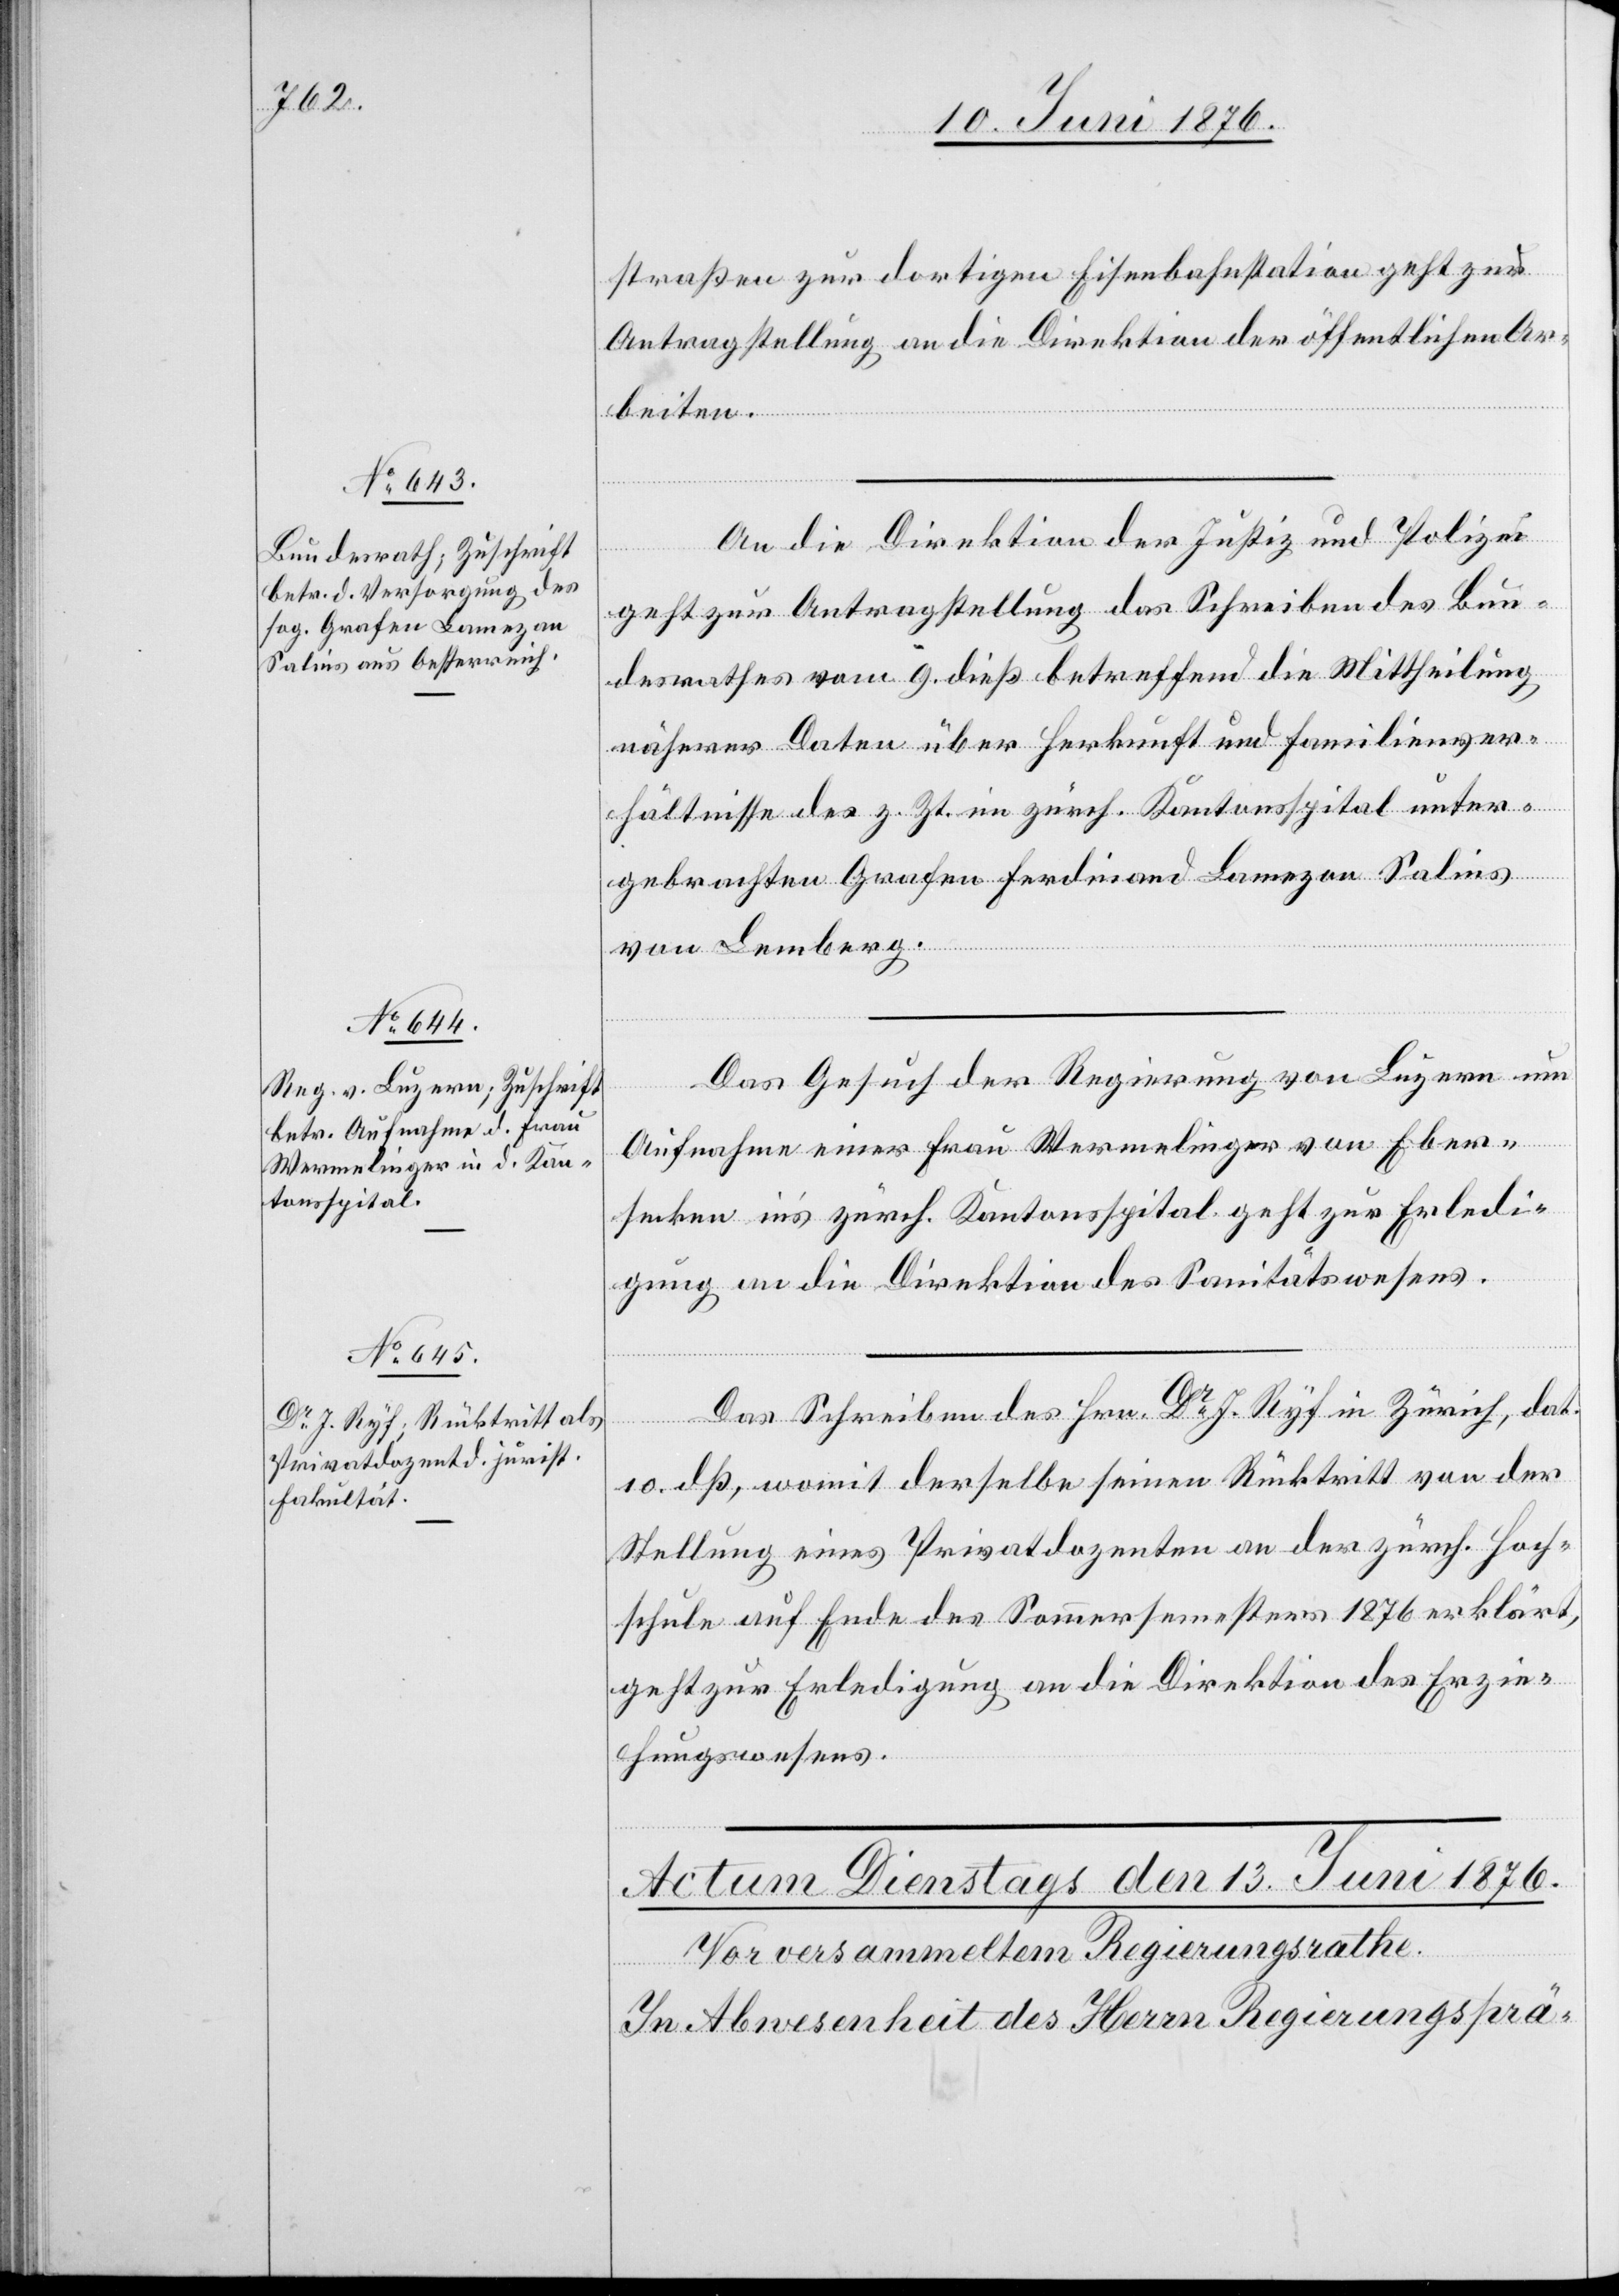
12. Juni 1876.]
straßen zur dortigen Eisenbahnstation geht zur
Antragstellung an die Direktion der öffentlichen Ar¬
Hrn.
beiten.
An die Direktion der Justiz und Polizei
geht zur Antragstellung das Schreiben des Bun¬
desrathes vom 9. dieß betreffend die Mittheilung
näherer Daten über Herkunft und Familienver¬
hältnisse des z. Zt. im zürch. Kantonsspital unter¬
gebrachten Grafen Ferdinand Lamezan Salins
von Lemberg.
Das Gesuch der Regierungsrath von Luzern um
in
Aufnahme einer Frau Wermelinger von Eber¬
secken in’s zürch. Kantonsspital geht zur Erledi¬
gung an die Direktion des Sanitätswesens.
10. dß, womit derselbe seinen Rücktritt von der
Stellung eines Privatdozenten an der zürch. Hoch¬
schule auf Ende des Sommersemesters 1876 erklärt,
geht zur Erledigung an die Direktion des Erzie¬
hungswesens.